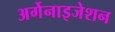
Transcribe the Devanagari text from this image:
अर्गेनाइजेशन